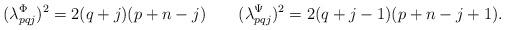
LaTeX: \begin{align*}(\lambda^\Phi_{pqj})^2 = 2(q+j)(p+n-j) \qquad(\lambda^\Psi_{pqj})^2 = 2(q+j-1)(p+n-j+1) .\end{align*}